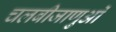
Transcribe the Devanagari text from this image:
चलबीजाणुओं